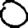
Digit: 0